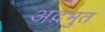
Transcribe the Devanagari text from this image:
अद़भुत